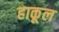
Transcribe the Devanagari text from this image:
हाकूल